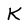
Character: K